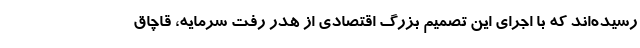
رسیده‌اند که با اجرای این تصمیم بزرگ اقتصادی از هدر رفت سرمایه، قاچاق